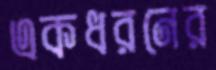
একধরনের